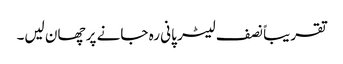
تقریباً نصف لیٹر پانی رہ جانے پر چھان لیں۔